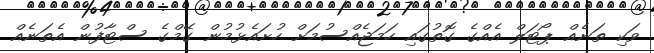
ވަކި ތަނެއް ޕޯޓަލް އެއްގެ ގޮތުގައި ހަމަޖެއްސުމަށް ހުށައެޅުމުން ގޭމްގެ ސްޓާފުން އެތަނެއް